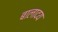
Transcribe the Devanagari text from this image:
बालादय